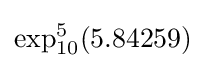
\exp _{10}^{5}(5.84259)